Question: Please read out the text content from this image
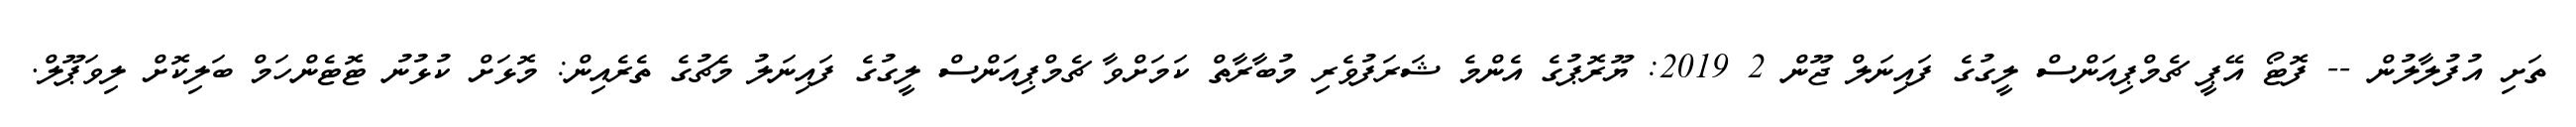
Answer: ތަށި އުފުލާލުން -- ފޮޓޯ އޭޕީ ޗެމްޕިއަންސް ލީގުގެ ފައިނަލް ޖޫން 2 2019: ޔޫރޮޕުގެ އެންމެ ޝަރަފުވެރި މުބާރާތް ކަމަށްވާ ޗެމްޕިއަންސް ލީގުގެ ފައިނަލު މެޗުގެ ތެރެއިން: މޮޅަށް ކުޅުނު ޓޮޓެންހަމް ބަލިކޮށް ލިވަޕޫލް.